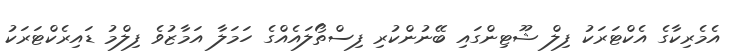
އެމެރިކާގެ އެކްޓަރަކު ފިލް ޝޫޓިންގައި ބޭނުންކުރި ފިސްތޯލައެއްގެ ހަމަލާ އަމާޒުވެ ފިލްމު ޑައިރެކްޓަރަކު